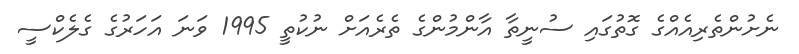
ނެށުންތެރިއެއްގެ ގޮތުގައި ސުނީތާ އާންމުންގެ ތެރެއަށް ނުކުތީ 1995 ވަނަ އަހަރުގެ ގެލެކްސީ